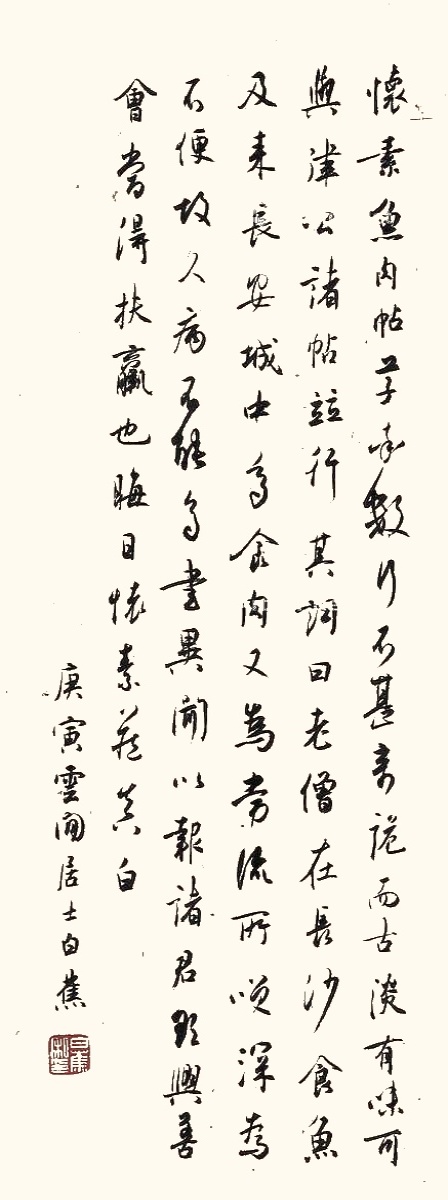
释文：怀素鱼肉帖草率数行，不甚奇诡而古淡有味，可与律公诸帖并行。其词曰，老僧在长沙食鱼，及来长安城中，多食肉，又为常流所笑，深为不便。故人久病不能多书，异闻以报诸君，欲与善会当得扶羸也。晦日，怀素藏真白。庚寅，云间居士白蕉。